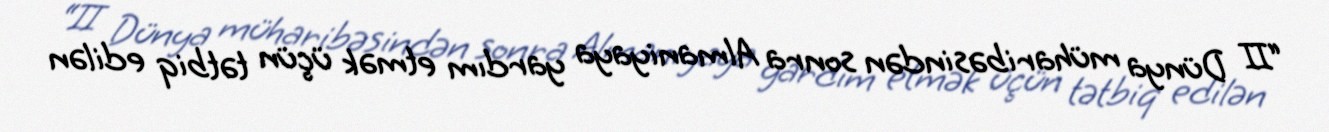
“II Dünya müharibəsindən sonra Almaniyaya yardım etmək üçün tətbiq edilən